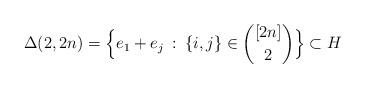
LaTeX: \begin{align*} \Delta(2,2n)=\Big\{e_1+e_j\::\:\{i,j\}\in\binom{[2n]}{2}\Big\}\subset H\end{align*}